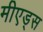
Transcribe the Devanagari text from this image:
मीएड्स